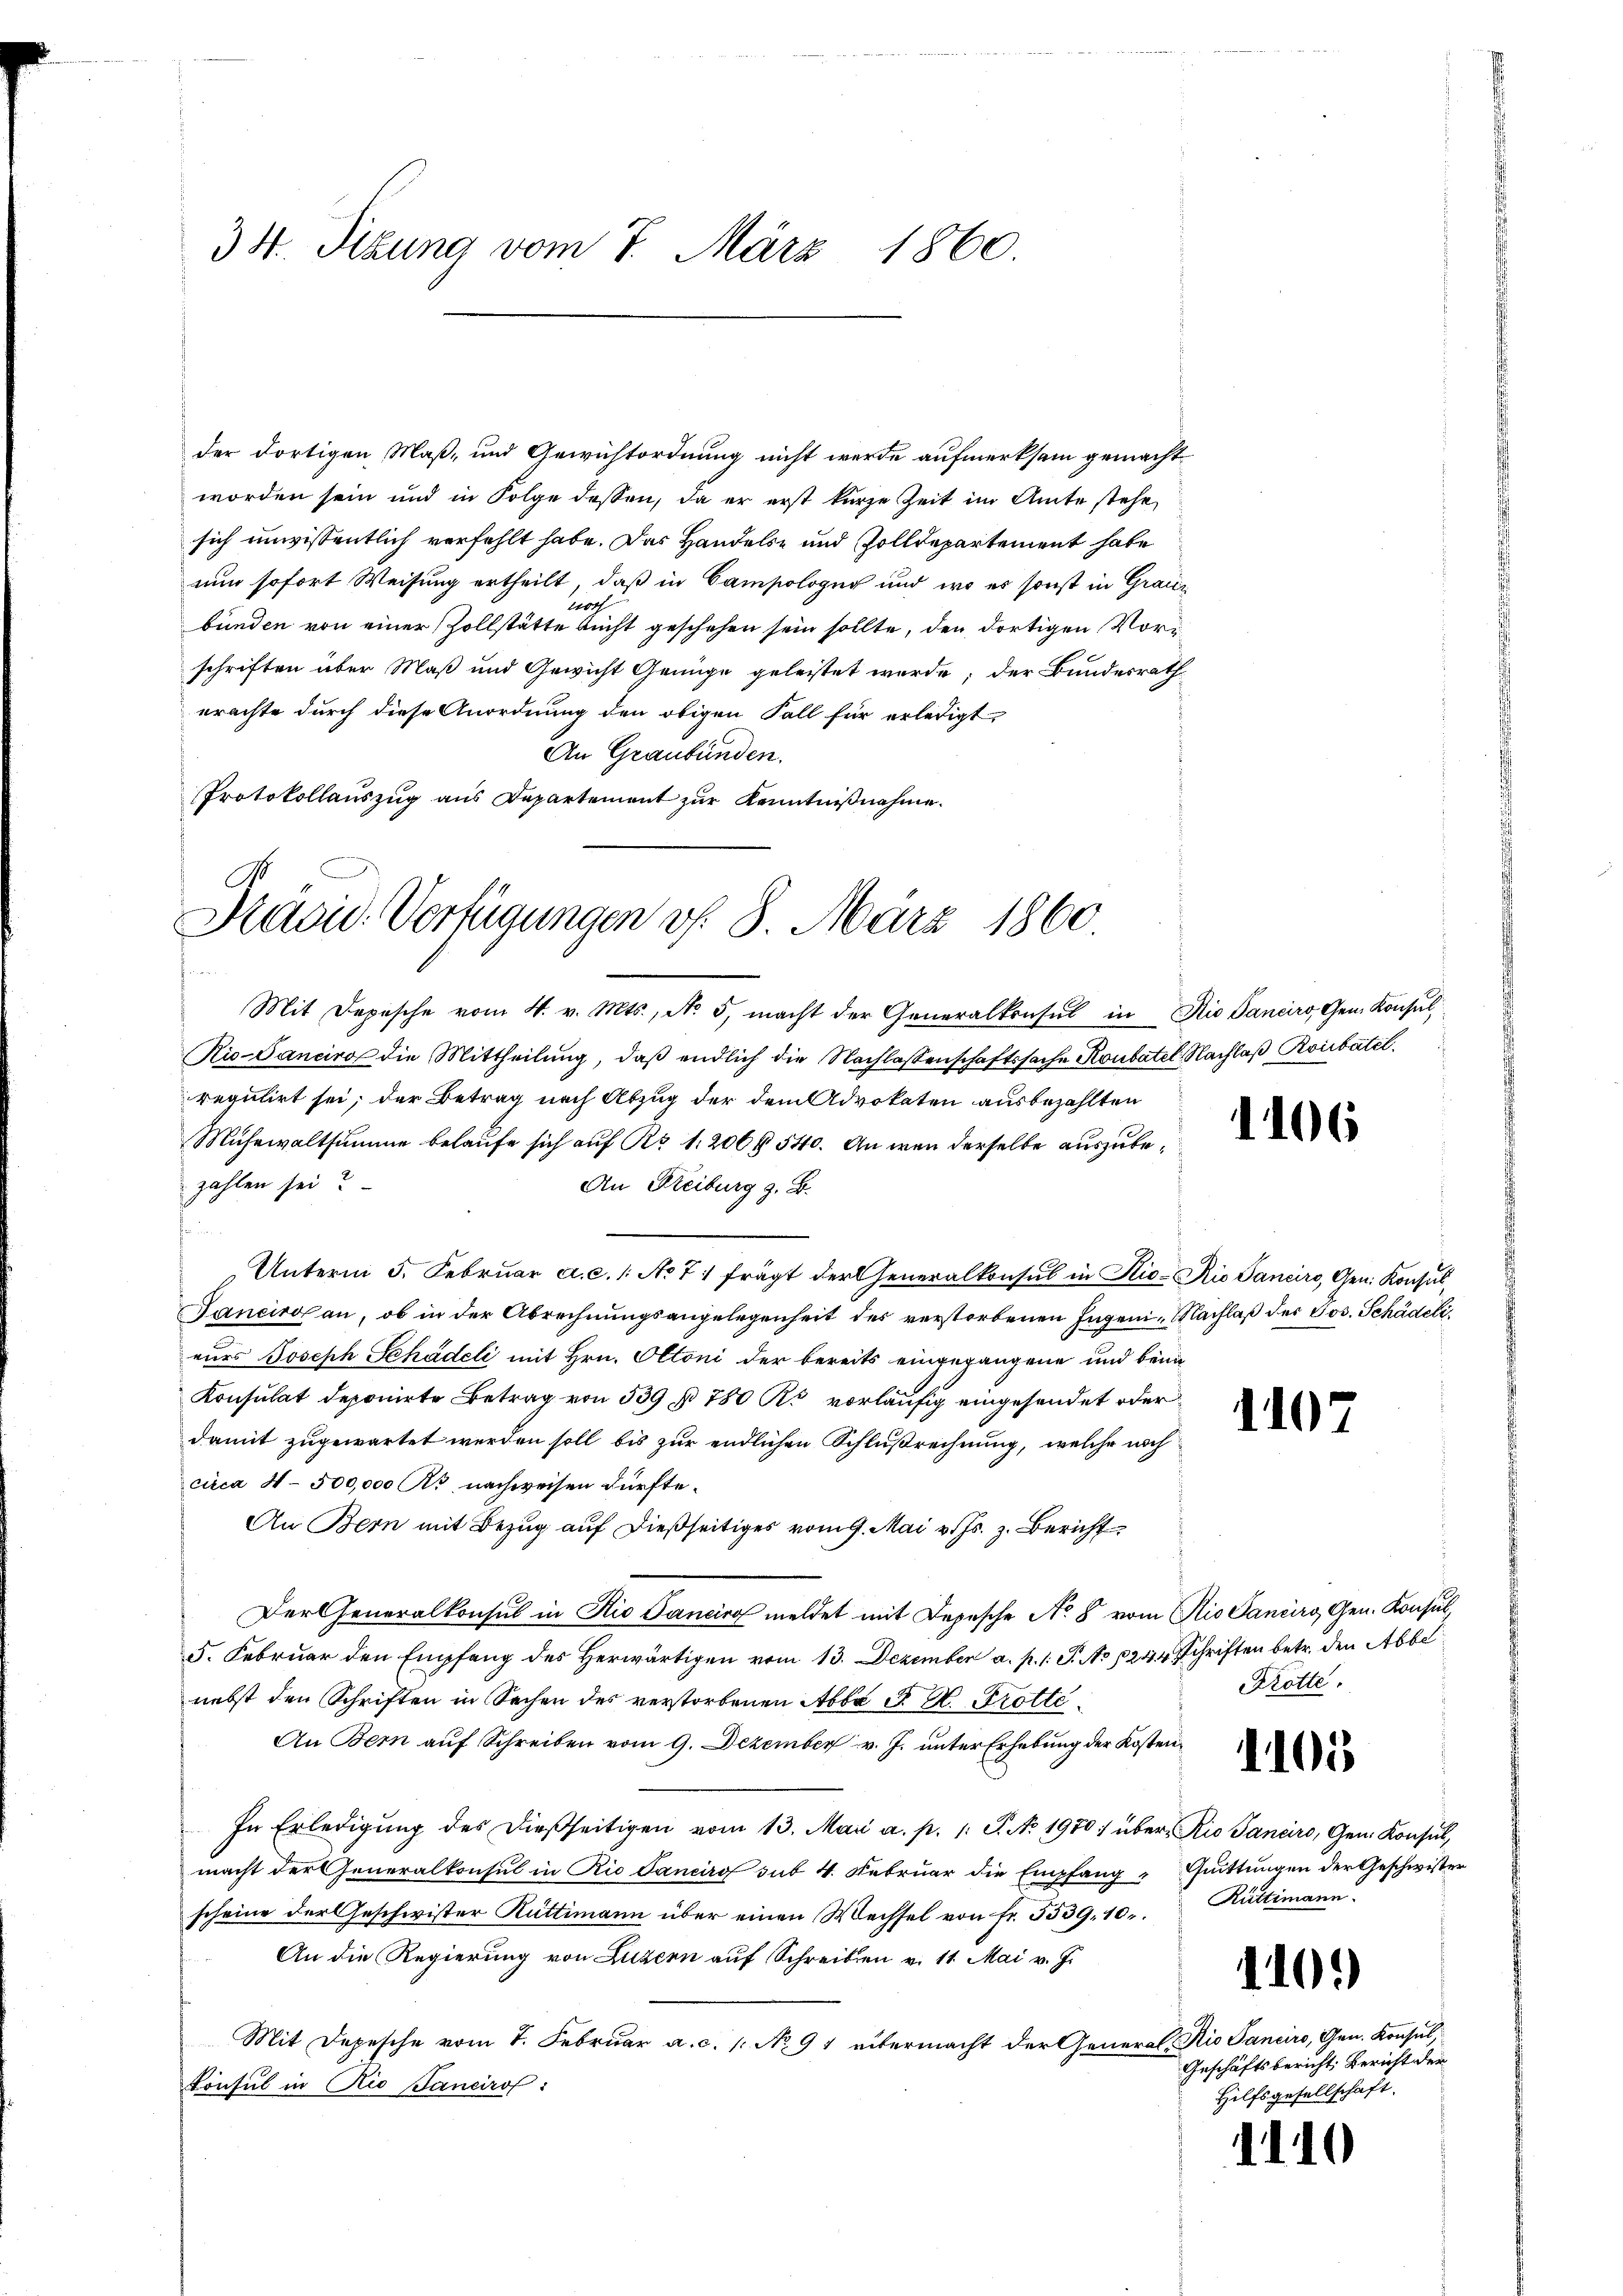
34. Sibung vom 7. März 1860.

der dortigen Maß- und Gewichtordnung nicht werde aufmerksam gemacht
worden sein und in Folge dessen, da er erst kurze Zeit im Amte stehe,
sich unwissentlich verfehlt habe. Das Handels- und Zolldepartement habe
nun sofort Weisung ertheilt, daß in Campologus und wo es sonst in Grauz
lroth
bunden von einer Zollstätte nicht geschehen sein sollte, den dortigen Vorischriften über Maß und Gewicht Genüge geleistet werde; der Bundesrath
erachte durch diese Anordnung den obigen Fall für erledigt,
An Graubünden.
Protokollauszug aus Departement zur Kenntnißnahme.
Mit Depesche vom 4. v. Mts., No 5. macht der Generalkonsul in die Sanciro Gem. Konsul
Rio-Ganciro die Mittheilung, daß endlich die Nachlassenschaftssache Koubatel Nachlaß Roibätel.
regulirt sei, der Betrag nach Abzug der dem Advokaten ausbezahlten
Mühewaltsumme belaufe sich auf Rr 1. 206 § 540. An wenn derselbe auszubezahlen sei?
An Freiburg z. B.
f
Unterm 5. Februar a. c. 1: No 71 frägt der Generalkonsul in Rio-Rio Sanciro, Gen. Konsul¬
Janeiro an, ob in der Abrechnungsangelegenheit des verstorbenen Ingen. Nachlaß der Jos. Schädelieurs Joseph Schädeli mit Hrn. Ottoni der bereits eingegangene und beim
Konsulat deponirte Betrag von 539 n 780 R. vorläufig eingesendet oder
damit zugewartet werden soll bis zur endlichen Schlußrechnung, welche noch
circa 4 - 500,000 Rt. nachweisen dürfte.
An Bern mit Bezug auf dießseitiges vom 9. Mai v. Js. z. Bericht
Der Generalkonsul in Rio Sanciro meldet mit Depesche No 8 vom Rio Cancirg, Gen. Konsul,
5. Februar den Empfang des Herwärtigen vom 13. Dezember a. p. 1. P. No 1244 Schriften betr. den Abbe
nebst den Schriften in Sachen des verstorbenen Abba d. M. Brotte¬
An Bern auf Schreiben vom 9. Dezember v. J. unter Erhebung der Kosten¬
In Erledigung des dießseitigen vom 13. Mai a. p. 1: P. No. 1970 über Rio Sanciro, Gen. Konsul,
macht der Generalkonsul in Rio Sanciro sub 4. Februar die Empfang" Quittungen der Geschwister
scheine der Geschwister Rüttimann über einen Wechsel von Fr. 5539, 10.
An die Regierung von Luzern auf Schreiben v. 11. Mai v. J.
Mit Depesche vom 7. Februar a. c. 1. No. 91 eintermacht der General-Rio Sanciro, Gen. Konsul,
Consul in Rio Sancirof:

Präsid. Verfügungen v. 8. März 1860.

1106

1105

Krotte

1105

Rüttimann.

110.

Geschäftsbericht. Bericht der
Hilfsgesellschaft.

1110